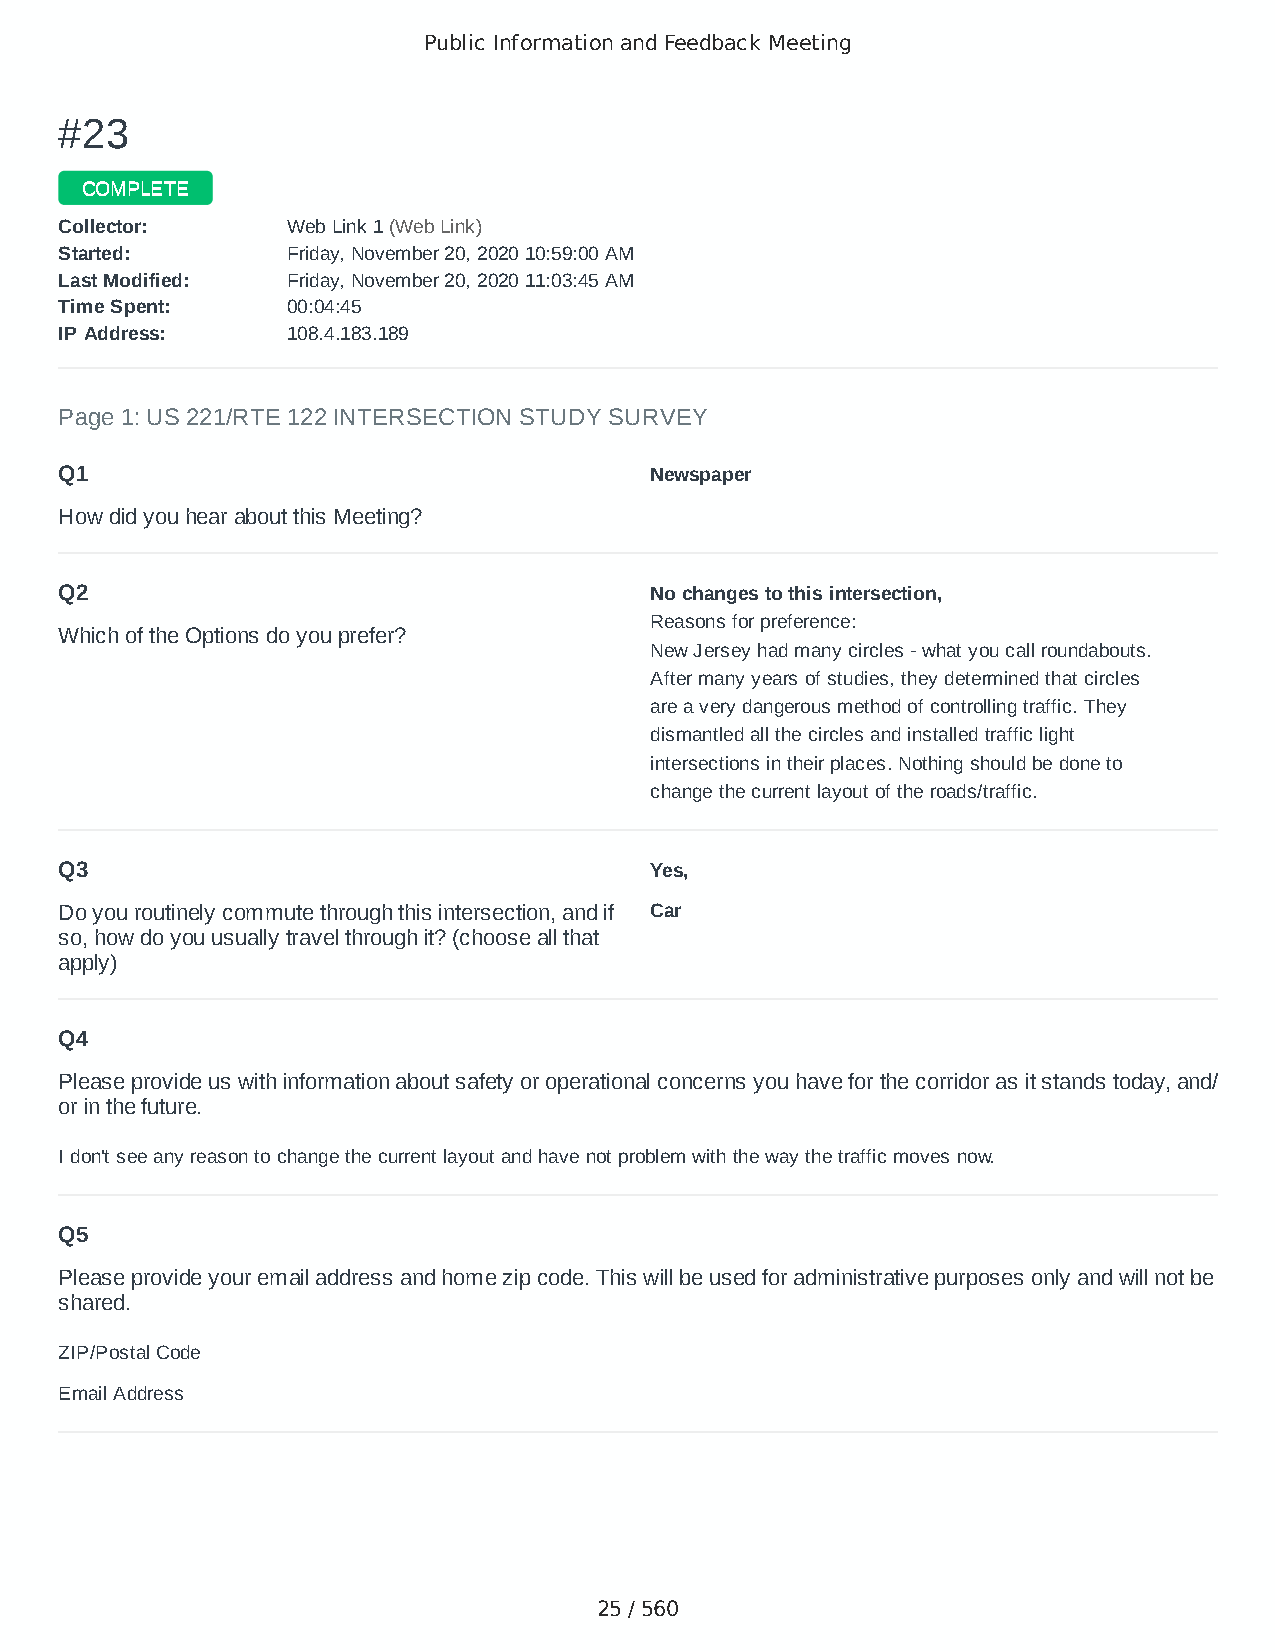
Public Information and Feedback Meeting
 ##2233
 CCOOMMPPLLEETTEE
 CCoolllleeccttoorr:: WWeebb LLiinnkk 11 ((WWeebb LLiinnkk))
 SSttaarrtteedd:: FFrriiddaayy,, NNoovveemmbbeerr 2200,, 22002200 1100::5599::0000 AAMM
 LLaasstt MMooddiiffiieedd:: FFrriiddaayy,, NNoovveemmbbeerr 2200,, 22002200 1111::0033::4455 AAMM
 TTiimmee SSppeenntt:: 0000::0044::4455
 IIPP AAddddrreessss:: 110088..44..118833..118899
 Page 1: US 221/RTE 122 INTERSECTION STUDY SURVEY
 Q1                                     Newspaper
 How did you hear about this Meeting?
 Q2                                     No changes to this intersection,
 Reasons for preference:
 Which of the Options do you prefer?
 New Jersey had many circles - what you call roundabouts.
 After many years of studies, they determined that circles
 are a very dangerous method of controlling traffic. They
 dismantled all the circles and installed traffic light
 intersections in their places. Nothing should be done to
 change the current layout of the roads/traffic.
 Q3                                     Yes,
 Do you routinely commute through this intersection, and if Car
 so, how do you usually travel through it? (choose all that
 apply)
 Q4
 Please provide us with information about safety or operational concerns you have for the corridor as it stands today, and/
 or in the future.
 I don't see any reason to change the current layout and have not problem with the way the traffic moves now.
 Q5
 Please provide your email address and home zip code. This will be used for administrative purposes only and will not be
 shared.
 ZIP/Postal Code                        24523
 Email Address                          Alicecatherineh@aol.com
 25 / 560